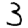
Digit: 3